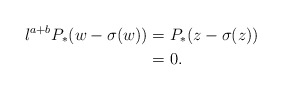
\begin{align*}l^{a+b}P_*(w-\sigma(w))&=P_*(z-\sigma(z))\\&=0.\end{align*}